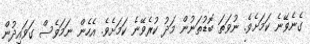
ގެނެވޭނެ ކަމަށެެވެ. ނުވަތަ ބޮޑުތަނުން މަދު ކުރެވޭނެ ކަމަށެވެ. އެހެން ނަމަވެސް ގަވައިދުން